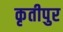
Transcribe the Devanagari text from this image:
कृतीपुर